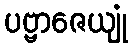
ပဗ္ဗာဇေယျုံ